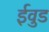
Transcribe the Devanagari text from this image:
ईवुड